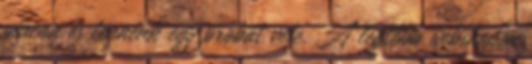
piacon és tennénk egy próbát vele. A legtöbb webshopon